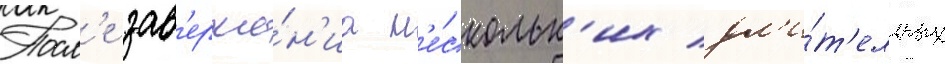
Посл'е зав'ерше́н'иа н'е́скольк'их дл'и́т'ельных